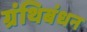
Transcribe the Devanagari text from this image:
ग्रंथिबंधन